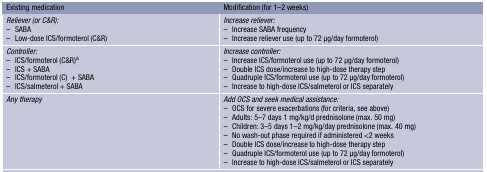
| Existing medication | Modification (for 1–2 weeks) |
 | --- | --- |
 | Reliever (or C&R):– SABA– Low-dose ICS/formoterol (C&R) | Increase reliever:– Increase SABA frequency– Increase reliever use (up to 72 μg/day formoterol) |
 | Controller:– ICS/formoterol (C&R)a– ICS + SABA– ICS/formoterol (C)+ SABA– ICS/salmeterol + SABA | Increase controller:– Increase ICS/formoterol use (up to 72 μg/day formoterol)– Double ICS dose/increase to high-dose therapy step– Quadruple ICS/formoterol use (up to 72 μg/day formoterol)– Increase to high-dose ICS/salmeterol or ICS separately |
 | Any therapy | Add OCS and seek medical assistance:– OCS for severe exacerbations (for criteria, see above)– Adults: 5–7 days 1 mg/kg/d prednisolone (max. 50 mg)– Children: 3–5 days 1–2 mg/kg/day prednisolone (max. 40 mg)– No wash-out phase required if administered <2 weeks– Double ICS dose/increase to high-dose therapy step– Quadruple ICS/formoterol use (up to 72 μg/day formoterol)– Increase to high-dose ICS/salmeterol or ICS separately |